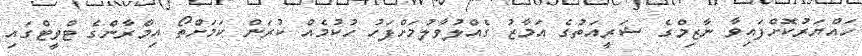
ހައްޔަރުކޮށްފައިވާ ނާޒިމްގެ ޝަރީއަތުގެ އަމާޒު ގެއްލުވާލުމަށްފަހު ހުކުމެއް ކުރަން ކަމަށްތޯ އިމްރާންގެ ޓްވީޓްގައި